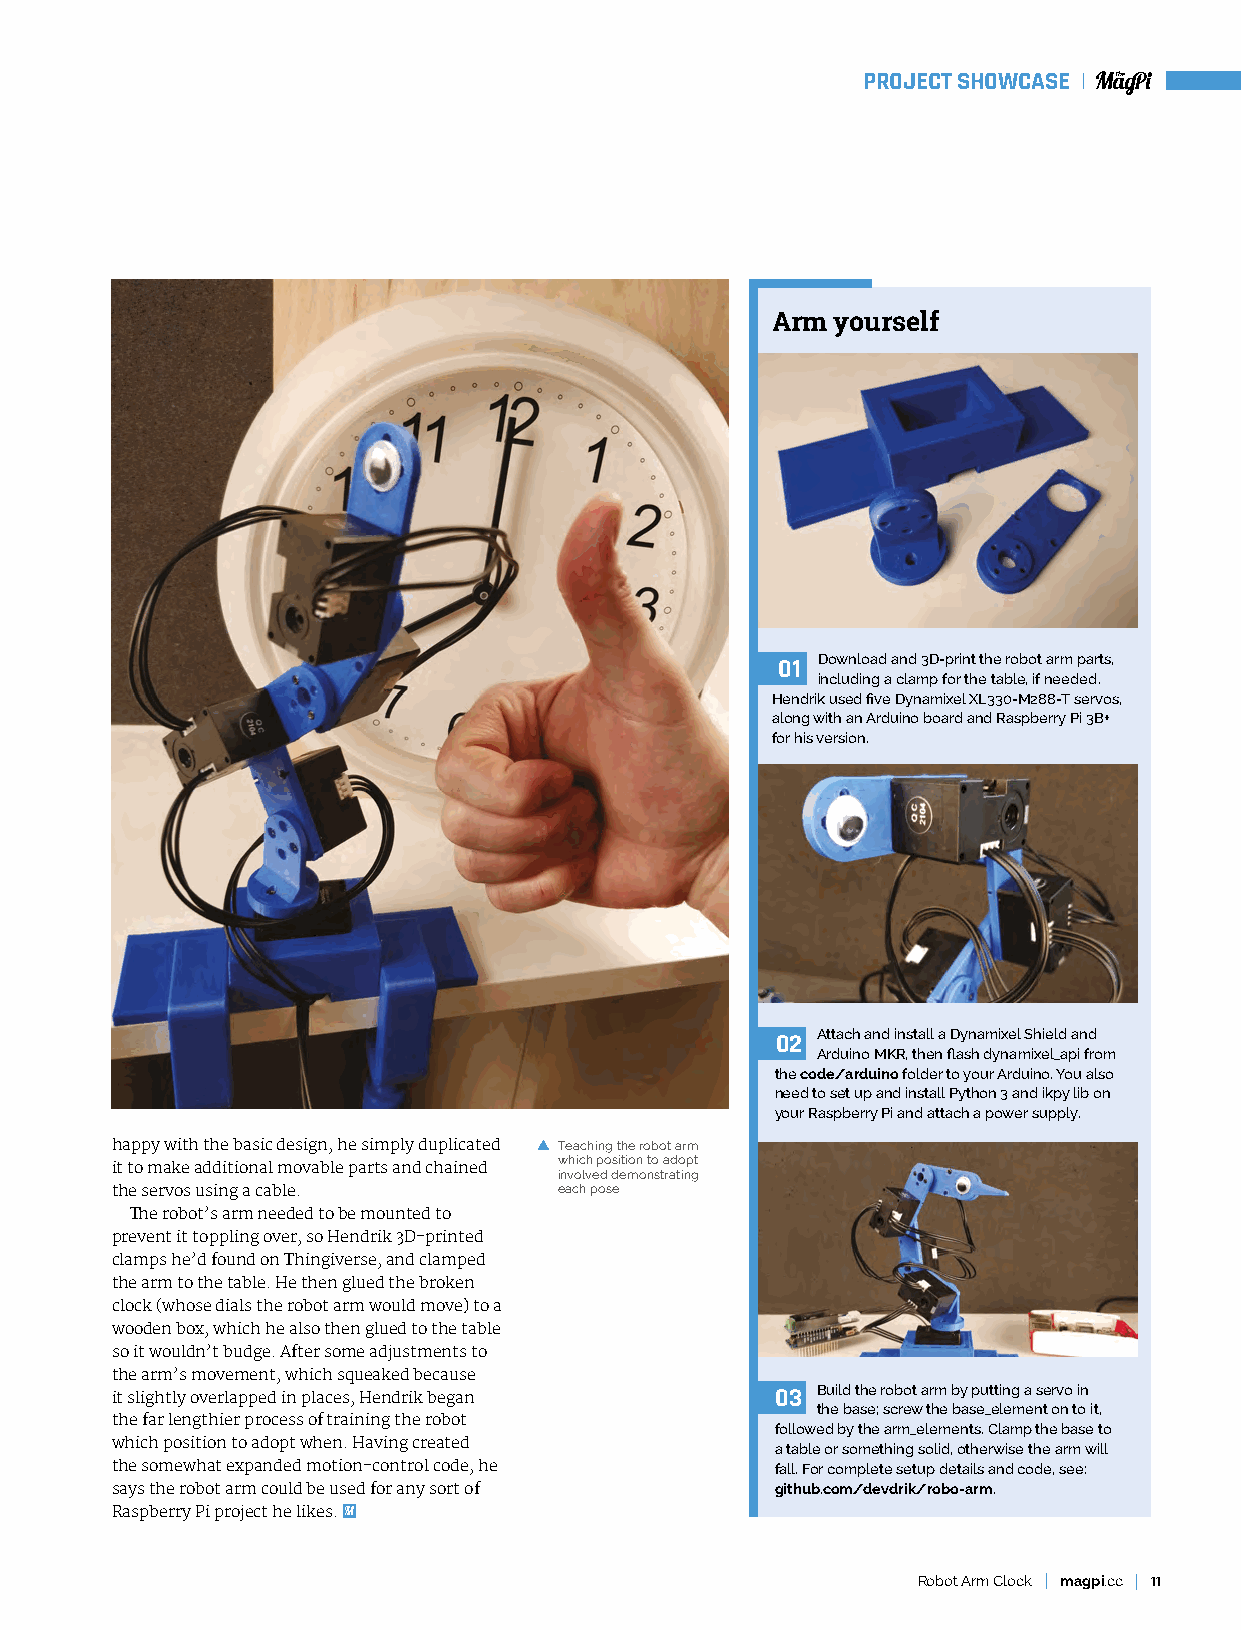
PROJECT SHOWCASE
 Arm yourself
 Download and 3D-print the robot arm parts,
 01
 including a clamp for the table, if needed.
 Hendrik used five Dynamixel XL330-M288-T servos,
 along with an Arduino board and Raspberry Pi 3B+
 for his version.
 Attach and install a Dynamixel Shield and
 02
 Arduino MKR, then flash dynamixel_api from
 the code/arduino folder to your Arduino. You also
 need to set up and install Python 3 and ikpy lib on
 your Raspberry Pi and attach a power supply.
 happy with the basic design, he simply duplicated T eaching the robot arm
 which position to adopt
 it to make additional movable parts and chained
 involved demonstrating
 the servos using a cable.     each pose
 The robot’s arm needed to be mounted to
 prevent it toppling over, so Hendrik 3D-printed
 clamps he’d found on Thingiverse, and clamped
 the arm to the table. He then glued the broken
 clock (whose dials the robot arm would move) to a
 wooden box, which he also then glued to the table
 so it wouldn’t budge. After some adjustments to
 the arm’s movement, which squeaked because
 it slightly overlapped in places, Hendrik began 03 Build the robot arm by putting a servo in
 the base; screw the base_element on to it,
 the far lengthier process of training the robot
 followed by the arm_elements. Clamp the base to
 which position to adopt when. Having created a table or something solid, otherwise the arm will
 the somewhat expanded motion-control code, he fall. For complete setup details and code, see:
 says the robot arm could be used for any sort of github.com/devdrik/robo-arm.
 Raspberry Pi project he likes.
 Robot Arm Clock magpi.cc 11